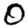
Digit: 0